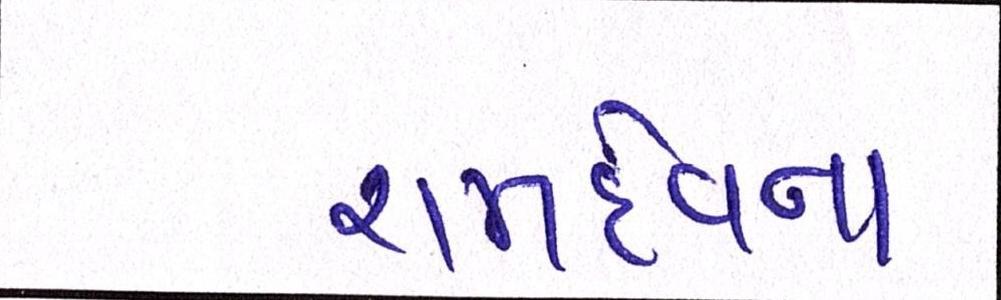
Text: રામદેવના